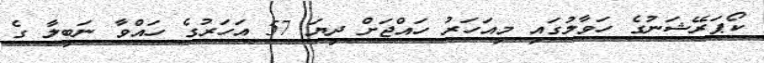
ކޯޕަރޭޝަނުގެ ހަވާލުގައި މިއަހަރު ހައްޖަށް ދިޔަ 57 އަހަރުގެ ހައްވާ ނަބީލާ ގެ